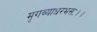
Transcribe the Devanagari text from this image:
मृगव्याधरभसः।।